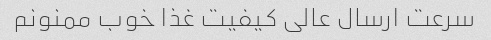
سرعت ارسال عالی کیفیت غذا خوب ممنونم